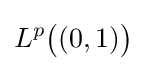
L^{p}{\bigl (}(0,1){\bigr )}